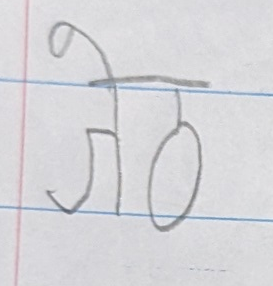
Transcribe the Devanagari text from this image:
जेठ